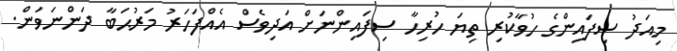
މިއަދު ސިފައިންގެ ހުވާކުރި ތިޔަ ހުރިހާ ސިފައިންނަށް އަދިވެސް އެއްފަހަރު މަރުޙަބާ ދަންނަވަން.